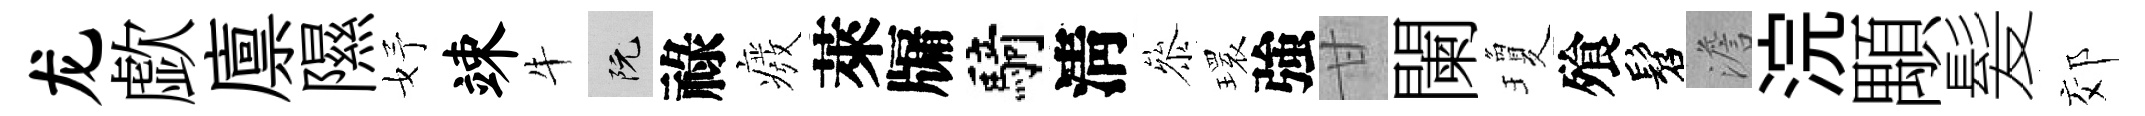
龙歔廪隰妤竦牛阮祿癈萊牖騎淸叅𤨔強甘闌瓊飱髫澹浣顒髪郊